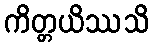
ကိတ္တယိဿသိ